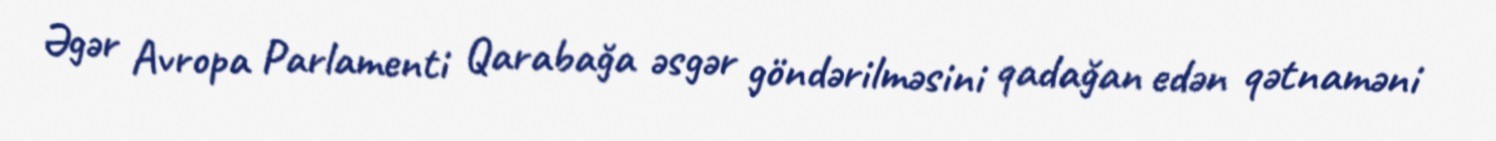
Əgər Avropa Parlamenti Qarabağa əsgər göndərilməsini qadağan edən qətnaməni